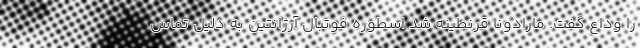
را وداع گفت. مارادونا قرنطینه شد اسطوره فوتبال آرژانتین به دلیل تماس